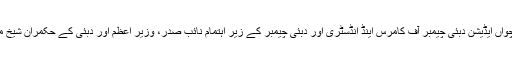
"سکیل اپ افریقہ" کے عنوان سے منعقدہ دو روزہ فورم کا پانچواں ایڈیشن دبئی چیمبر آف کامرس اینڈ انڈسٹری اور دبئی چیمبر کے زیر اہتمام نائب صدر، وزیر اعظم اور دبئی کے حکمران شیخ محمد بن راشد آل مکتوم کی سرپرستی میں منعقد کیا جارہا ہے۔